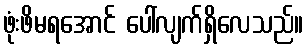
ဖုံးဖိမရအောင် ပေါ်လျက်ရှိလေသည်။